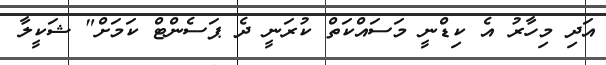
އަދި މިހާރު އެ ކިޑްނީ މަސައްކަތް ކުރަނީ ދެ ޕަސެންޓް ކަމަށް" ޝަކީލާ